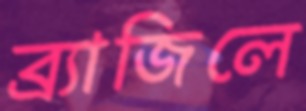
ব্র্যাজিলে